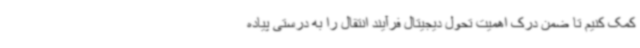
کمک کنیم تا ضمن درک اهمیت تحول دیجیتال فرآیند انتقال را به درستی پیاده